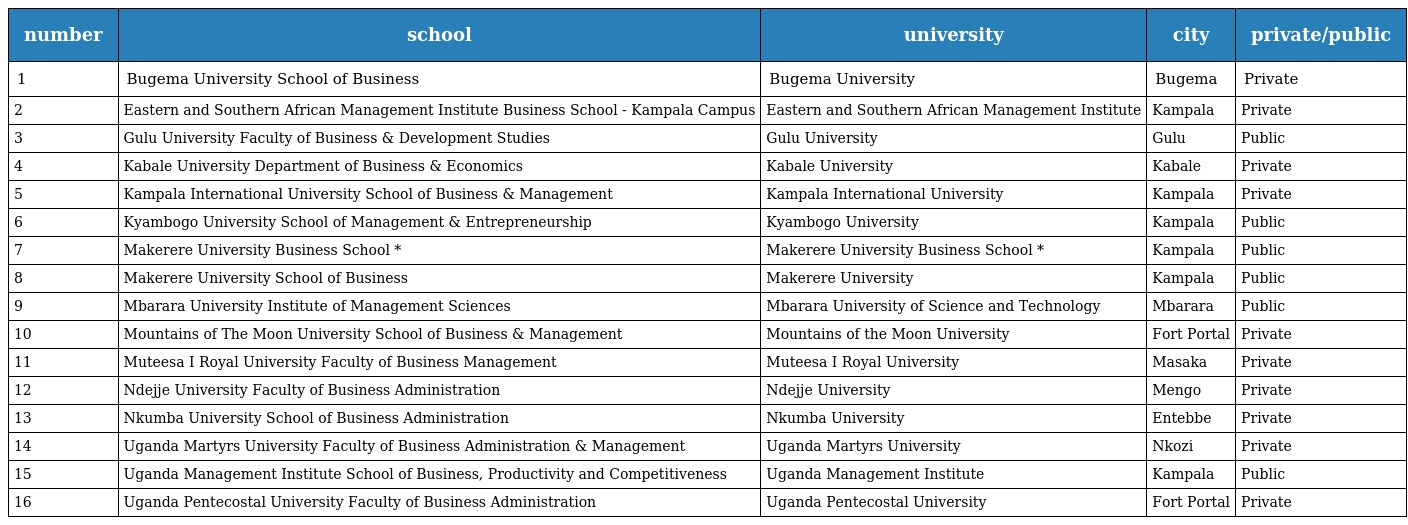
| number | school | university | city | private/public |
 | --- | --- | --- | --- | --- |
 | 1 | Bugema University School of Business | Bugema University | Bugema | Private |
 | 2 | Eastern and Southern African Management Institute Business School - Kampala Campus | Eastern and Southern African Management Institute | Kampala | Private |
 | 3 | Gulu University Faculty of Business & Development Studies | Gulu University | Gulu | Public |
 | 4 | Kabale University Department of Business & Economics | Kabale University | Kabale | Private |
 | 5 | Kampala International University School of Business & Management | Kampala International University | Kampala | Private |
 | 6 | Kyambogo University School of Management & Entrepreneurship | Kyambogo University | Kampala | Public |
 | 7 | Makerere University Business School * | Makerere University Business School * | Kampala | Public |
 | 8 | Makerere University School of Business | Makerere University | Kampala | Public |
 | 9 | Mbarara University Institute of Management Sciences | Mbarara University of Science and Technology | Mbarara | Public |
 | 10 | Mountains of The Moon University School of Business & Management | Mountains of the Moon University | Fort Portal | Private |
 | 11 | Muteesa I Royal University Faculty of Business Management | Muteesa I Royal University | Masaka | Private |
 | 12 | Ndejje University Faculty of Business Administration | Ndejje University | Mengo | Private |
 | 13 | Nkumba University School of Business Administration | Nkumba University | Entebbe | Private |
 | 14 | Uganda Martyrs University Faculty of Business Administration & Management | Uganda Martyrs University | Nkozi | Private |
 | 15 | Uganda Management Institute School of Business, Productivity and Competitiveness | Uganda Management Institute | Kampala | Public |
 | 16 | Uganda Pentecostal University Faculty of Business Administration | Uganda Pentecostal University | Fort Portal | Private |